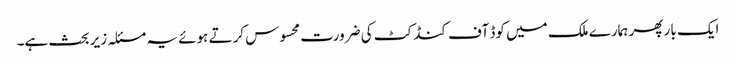
ایک بار پھر ہمارے ملک میں کوڈ آف کنڈکٹ کی ضرورت محسوس کرتے ہوئے یہ مسئلہ زیر بحث ہے۔